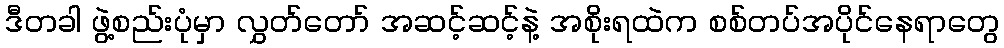
ဒီတခါ ဖွဲ့စည်းပုံမှာ လွှတ်တော် အဆင့်ဆင့်နဲ့ အစိုးရထဲက စစ်တပ်အပိုင်နေရာတွေ